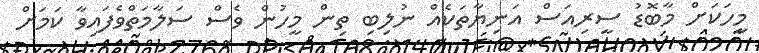
މީހަކަށް މާބޮޑު ސީރިއަސް އަނިޔާތަކެއް ނުލިބި ތިން މީހުން ވެސް ސަލާމަތްވެފައިވާ ކަމަށް